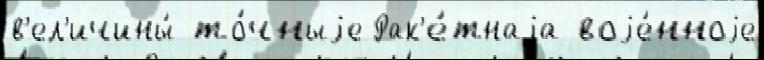
в'ел'ичины́ то́чныjе Рак'е́тнаjа воjе́нноjе